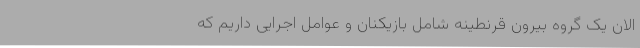
الان یک گروه بیرون قرنطینه شامل بازیکنان و عوامل اجرایی داریم که